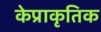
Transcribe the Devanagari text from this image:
केप्राकृतिक